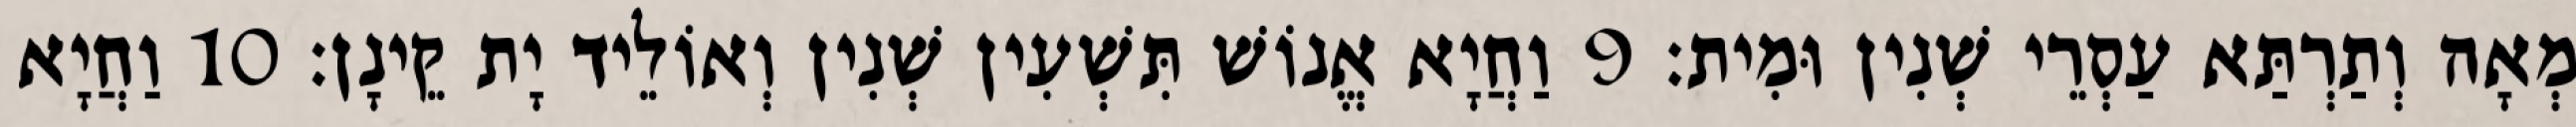
מְאָה וְתַרְתַּא עַסְרֵי שְׁנִין וּמִית׃ 9 וַחֲיָא אֱנוֹשׁ תִּשְׁעִין שְׁנִין וְאוֹלֵיד יָת קֵינָן׃ 10 וַחֲיָא